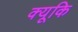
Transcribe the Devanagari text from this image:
क्यूकि